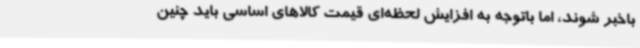
باخبر شوند، اما باتوجه به افزایش لحظه‌ای قیمت کالاهای اساسی باید چنین